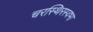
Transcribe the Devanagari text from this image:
चरस्थिरस्वभा